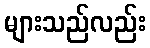
များသည်လည်း